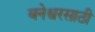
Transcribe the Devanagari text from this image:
बनेश्वरसाठी